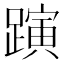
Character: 𨄻